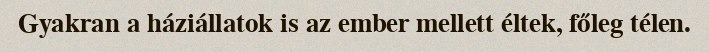
Gyakran a háziállatok is az ember mellett éltek, főleg télen.